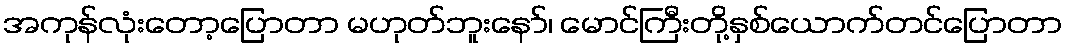
အကုန်လုံးတော့ပြောတာ မဟုတ်ဘူးနော်၊ မောင်ကြီးတို့နှစ်ယောက်တင်ပြောတာ